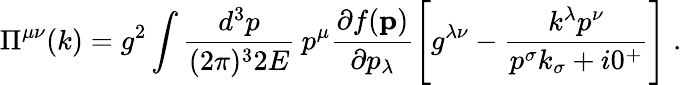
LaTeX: \Pi^{\mu\nu}(k)=g^{2}\int{\frac{d^{3}p}{(2\pi)^{3}2E}}\: p^{\mu}{\frac{\partial f({\mathbf p})}{\partial p_{\lambda}}}\Bigg[g^{\lambda\nu}-{\frac{k^{\lambda}p^{\nu}}{p^{\sigma}k_{\sigma}+i0^{+}}}\Bigg]\; .